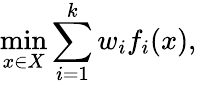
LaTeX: \operatorname*{min}_{x\in X}\sum_{i=1}^{k}w_{i}f_{i}(x),